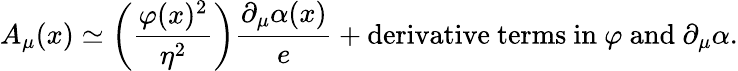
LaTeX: A_{\mu}(x)\simeq\left({\frac{\varphi(x)^{2}}{\eta^{2}}}\right){\frac{\partial_{\mu}\alpha(x)}{e}}+\mathrm{derivative\ terms\ in\ }\varphi\mathrm{\ and\ }\partial_{\mu}\alpha.